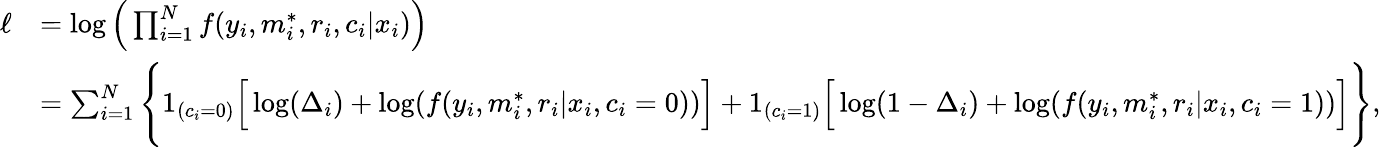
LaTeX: \begin{array}{rl}{\ell}&{=\log\Big(\prod_{i=1}^{N}f(y_{i},m_{i}^{*},r_{i},c_{i}|x_{i})\Big)}\\ &{=\sum_{i=1}^{N}\Bigg\{ 1_{(c_{i}=0)}\Big[\log(\Delta_{i})+\log(f(y_{i},m_{i}^{*},r_{i}|x_{i},c_{i}=0))\Big]+1_{(c_{i}=1)}\Big[\log(1-\Delta_{i})+\log(f(y_{i},m_{i}^{*},r_{i}|x_{i},c_{i}=1))\Big]\Bigg\} ,}\end{array}